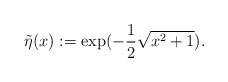
LaTeX: \begin{align*}\tilde\eta(x):=\exp(-\frac{1}{2}\sqrt{x^2+1}).\end{align*}